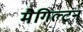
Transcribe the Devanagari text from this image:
मैगिल्टन